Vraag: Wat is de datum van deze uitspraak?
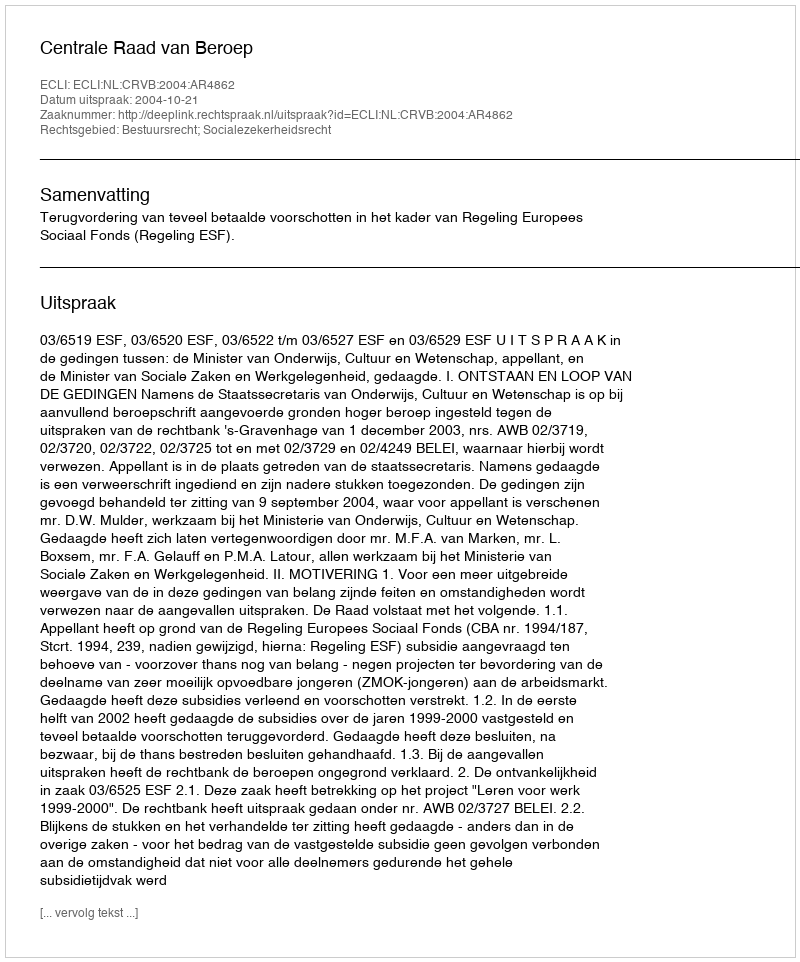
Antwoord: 2004-10-21